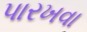
પારખવા